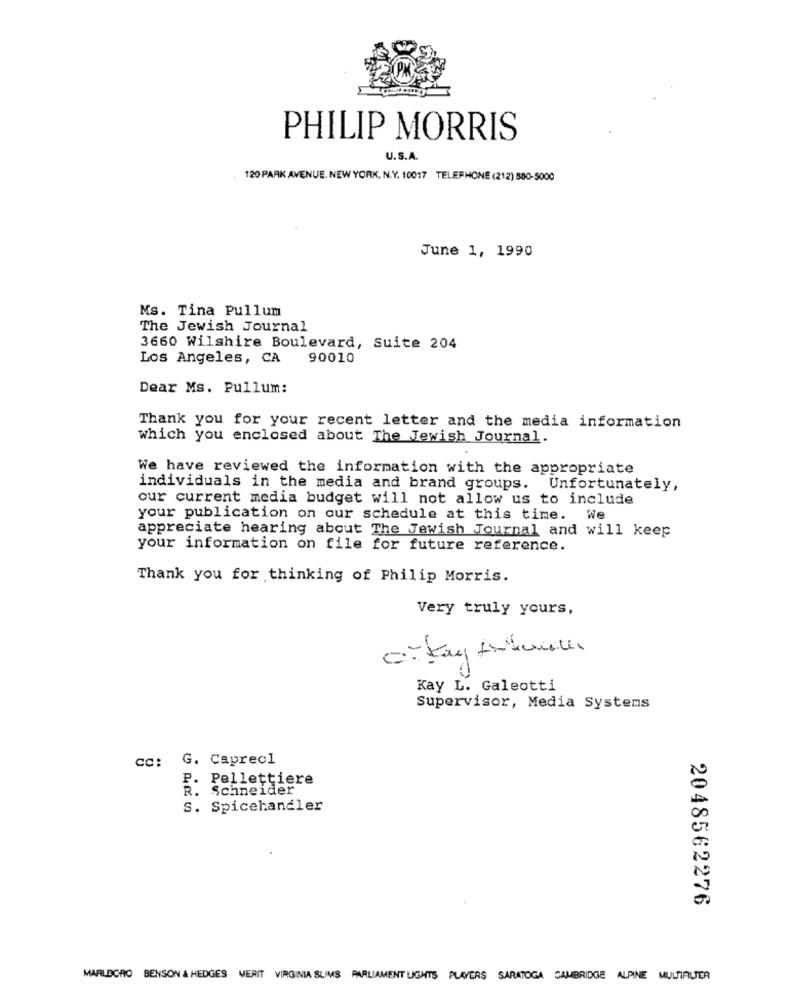
PHILIP MORRIS
U.S.A.
120 PARK AVENUE. NEW YORK, N.Y. 10017 TELEPHONE (212) 580-5000
June 1, 1990
Ms. Tina Pullum
The Jewish Journal
3660 Wilshire Boulevard, Suite 204
Los Angeles, CA
90010
Dear Ms. Pullum:
Thank you for your recent letter and the media information
which you enclosed about The Jewish Journal.
We have reviewed the information with the appropriate
individuals in the media and brand groups. Unfortunately,
our current media budget will not allow us to include
your publication on our schedule at this time. We
appreciate hearing about The Jewish Journal and will keep
your information on file for future reference.
Thank you for thinking of Philip Morris.
Very truly yours,
okay tohumu
Kay L. Galeotti
Supervisor, Media Systems
cc: G. Caprecl
P. Pellettiere
R. Schneider
S. Spicehandler
2048562276
MARLBORO BENSON & HEDGES MERIT VIRGINIA SLIMS PARLIAMENT LIGHTS PLAYERS SARATOGA CAMBRIDGE ALPINE MULTIALTER